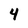
Character: 4